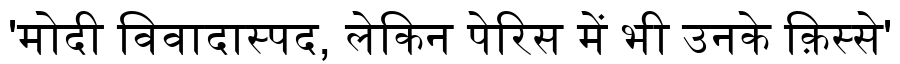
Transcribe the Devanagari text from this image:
'मोदी विवादास्पद, लेकिन पेरिस में भी उनके क़िस्से'